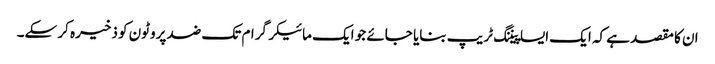
ان کا مقصد ہے کہ ایک ایسا پیننگ ٹریپ بنایا جائے جو ایک مائیکرگرام تک ضد پروٹون کو ذخیرہ کر سکے۔